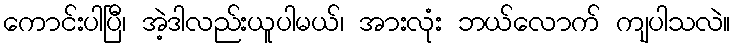
ကောင်းပါပြီ၊ အဲ့ဒါလည်းယူပါမယ်၊ အားလုံး ဘယ်လောက် ကျပါသလဲ။